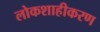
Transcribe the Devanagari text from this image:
लोकशाहीकरण